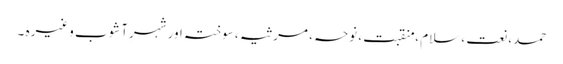
حمد، نعت ، سلام ، منقبت ، نوحہ ، مرثیہ ، سوختہ اور شہرِآشوب وغیرہ ۔